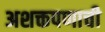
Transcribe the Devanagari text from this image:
अशक्तपणाची